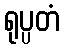
ရုပ္ပတံ